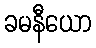
ခမနီယော